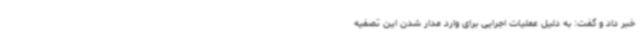
خبر داد و گفت: به دلیل عملیات اجرایی برای وارد مدار شدن این تصفیه